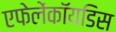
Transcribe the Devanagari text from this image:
एफेलेंकॉयडिस